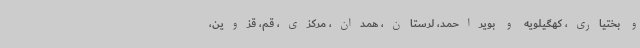
و بختیاری، کهگیلویه و بویراحمد، لرستان، همدان، مرکزی، قم، قزوین،